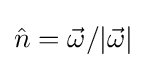
{\hat {n}}={\vec {\omega }}/|{\vec {\omega }}|